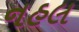
નહલ